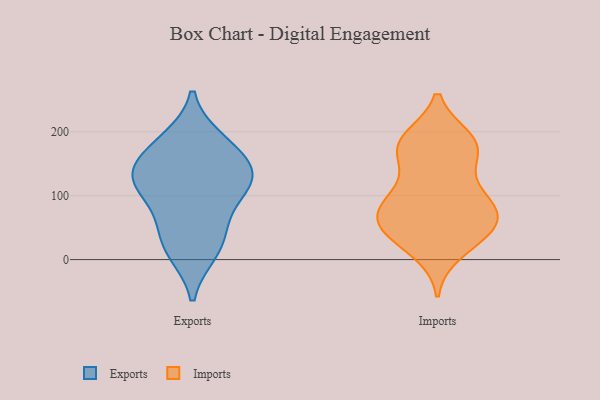
{"axis": {"x": "Production Output", "y": "Value"}, "legend": ["Exports", "Imports"], "data": [{"x": "", "y": 124, "type": "Exports"}, {"x": "", "y": 148, "type": "Exports"}, {"x": "", "y": 157, "type": "Exports"}, {"x": "", "y": 14, "type": "Exports"}, {"x": "", "y": 185, "type": "Exports"}, {"x": "", "y": 125, "type": "Exports"}, {"x": "", "y": 106, "type": "Exports"}, {"x": "", "y": 11, "type": "Exports"}, {"x": "", "y": 188, "type": "Exports"}, {"x": "", "y": 50, "type": "Exports"}, {"x": "", "y": 135, "type": "Exports"}, {"x": "", "y": 109, "type": "Exports"}, {"x": "", "y": 57, "type": "Exports"}, {"x": "", "y": 13, "type": "Imports"}, {"x": "", "y": 78, "type": "Imports"}, {"x": "", "y": 76, "type": "Imports"}, {"x": "", "y": 62, "type": "Imports"}, {"x": "", "y": 158, "type": "Imports"}, {"x": "", "y": 43, "type": "Imports"}, {"x": "", "y": 57, "type": "Imports"}, {"x": "", "y": 97, "type": "Imports"}, {"x": "", "y": 186, "type": "Imports"}, {"x": "", "y": 29, "type": "Imports"}, {"x": "", "y": 47, "type": "Imports"}, {"x": "", "y": 176, "type": "Imports"}, {"x": "", "y": 180, "type": "Imports"}, {"x": "", "y": 188, "type": "Imports"}, {"x": "", "y": 65, "type": "Imports"}, {"x": "", "y": 173, "type": "Imports"}, {"x": "", "y": 99, "type": "Imports"}, {"x": "", "y": 110, "type": "Imports"}]}